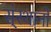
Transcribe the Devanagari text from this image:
स्ंस्थानों